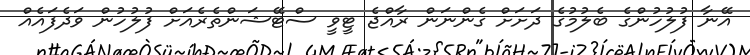
އޭނާ ފުލުހުންގެ ބެލުމުގެ ދަށަށް ގެންނަން ރާއްޖެ ޓީވީ ސްޓޭޝަންތެރެއަށް ފުލުހުން ވަދެފައެއް